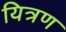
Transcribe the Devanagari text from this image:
यित्रण